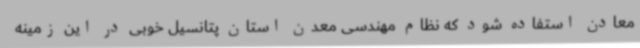
معادن استفاده شود که نظام مهندسی معدن استان پتانسیل خوبی در این زمینه